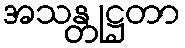
အသန္တုဋ္ဌတာ